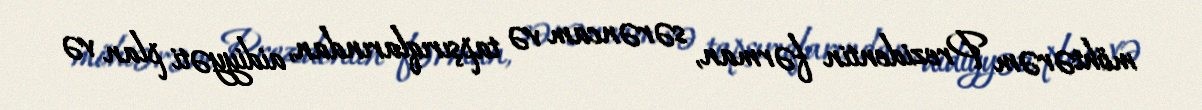
möhtərəm Prezidentin fərman, sərəncam və tapşırıqlarından, aidiyyəti plan və